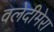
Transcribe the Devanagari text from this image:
वलेदीमेरा